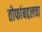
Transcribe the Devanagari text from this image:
तोफांबद्दलचा